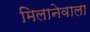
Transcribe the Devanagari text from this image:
मिलानेवाला